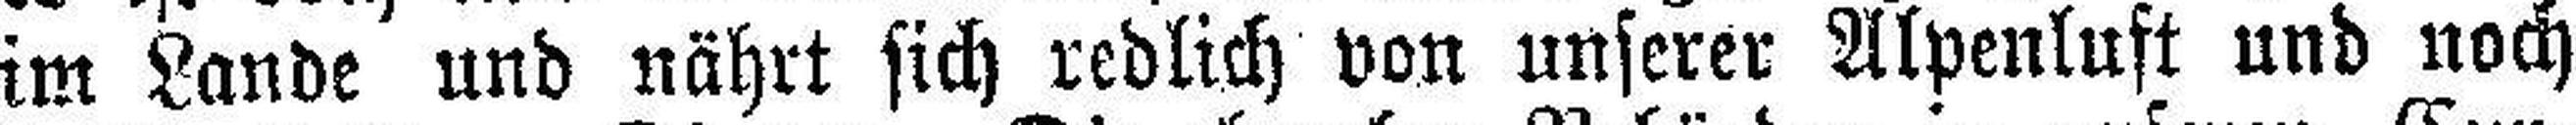
im Lande und nährt sich redlich von unserer Alpenluft und noch